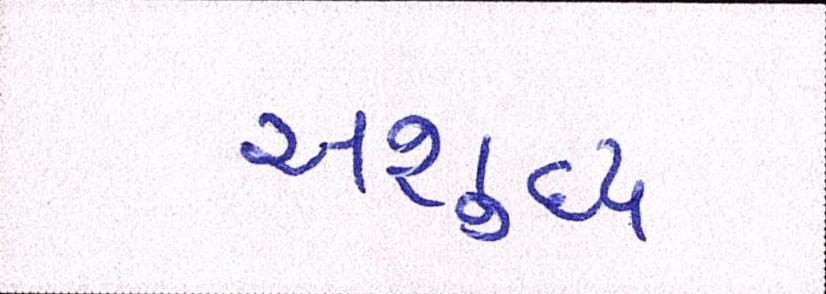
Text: અશુદ્ધ